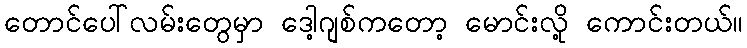
တောင်ပေါ်လမ်းတွေမှာ ဒေါ့ဂျစ်ကတော့ မောင်းလို့ ကောင်းတယ်။